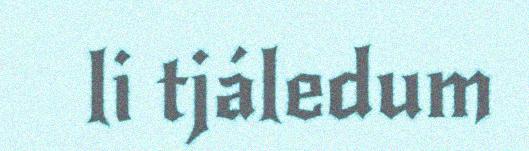
li tjáledum